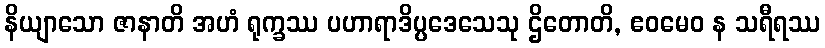
နိယျာသော ဇာနာတိ အဟံ ရုက္ခဿ ပဟာရာဒိပ္ပဒေသေသု ဌိတောတိ, ဧဝမေဝ န သရီရဿ